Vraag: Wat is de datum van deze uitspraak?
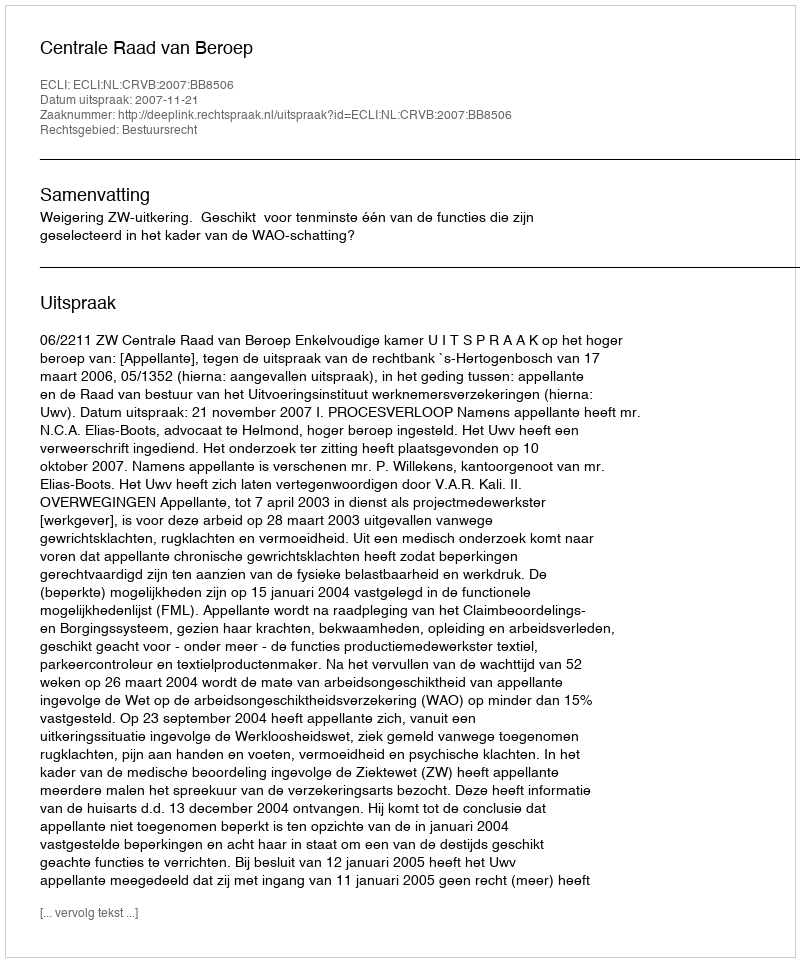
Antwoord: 2007-11-21